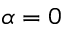
\alpha = 0